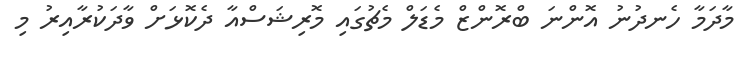
މާދަމާ ހެނދުނު އޮންނަ ބްރޮންޒް މެޑަލް މެޗުގައި މޮރިޝަސްއާ ދެކޮޅަށް ވާދަކުރާއިރު މި